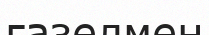
ғазелмен